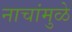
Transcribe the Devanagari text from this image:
नाचांमुळे